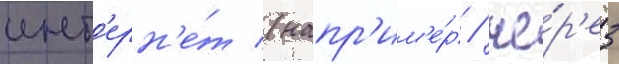
инт'ерн'е́т (напр'им'е́р / че́р'ез